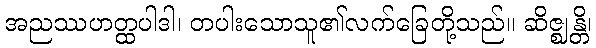
အညဿဟတ္ထပါဒါ၊ တပါးသောသူ၏လက်ခြေတို့သည်။ ဆိဇ္ဈန္တိ၊